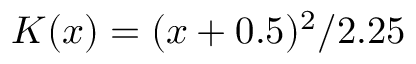
K ( x ) = ( x + 0 . 5 ) ^ { 2 } / 2 . 2 5